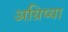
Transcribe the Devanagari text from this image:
अग्रिष्या